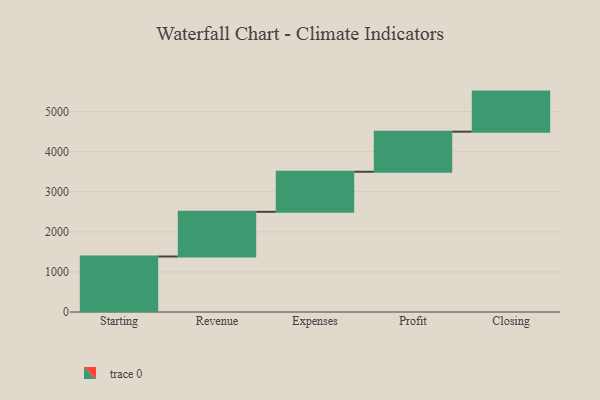
{"axis": {"x": "Step", "y": "Value"}, "legend": [""], "data": [{"x": "Starting", "y": 1385.0, "type": ""}, {"x": "Revenue", "y": 1115.0, "type": ""}, {"x": "Expenses", "y": 1000, "type": ""}, {"x": "Profit", "y": 1000, "type": ""}, {"x": "Closing", "y": 1000, "type": ""}]}